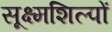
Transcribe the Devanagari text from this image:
सूक्ष्मशिल्पों